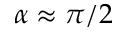
\alpha \approx \pi / 2